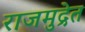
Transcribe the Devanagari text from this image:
राजमुद्रेत